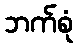
ဘက်စုံ